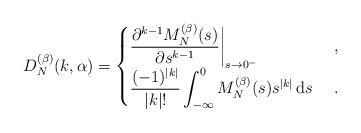
LaTeX: \begin{align*}D^{(\beta)}_N(k,\alpha)=\begin{cases}\displaystyle\frac{\partial^{k-1}M_N^{(\beta)}(s) }{\partial s^{k-1}}\biggl|_{s\to 0^{-}}&\ ,\\\displaystyle\frac{(-1)^{|k|}}{|k|!}\int_{-\infty}^{0}M_N^{(\beta)}(s) s^{|k|}\,\mathrm{d} s &\ . \end{cases}\end{align*}